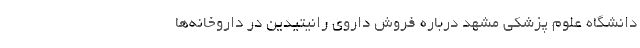
دانشگاه علوم پزشکی مشهد درباره فروش داروی رانیتیدین در داروخانه‌ها